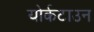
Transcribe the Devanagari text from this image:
योर्कटाउन